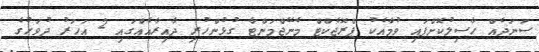
ސަނަދެއް ހާސިލުކޮށްފައި ވުމާއެކު ޕްރޮޖެކްޓް މެނޭޖްމަންޓާ ގުޅުންހުރި ދާއިރާއެއްގައި 2 އަހަރު ދުވަހުގެ